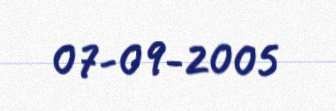
07-09-2005